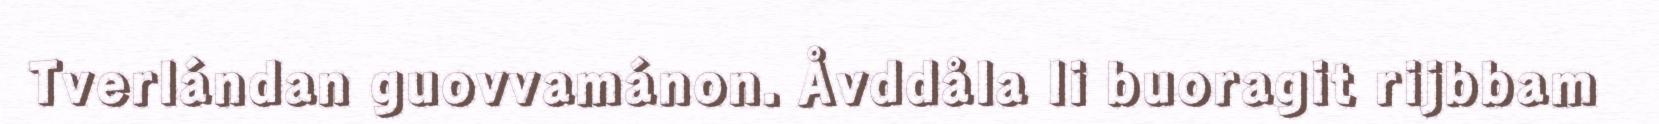
Tverlándan guovvamánon. Åvddåla li buoragit rijbbam